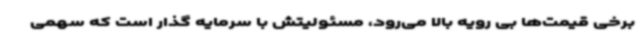
برخی قیمت‌ها بی رویه بالا می‌رود، مسئولیتش با سرمایه گذار است که سهمی